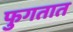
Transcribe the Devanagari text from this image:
फुगतात